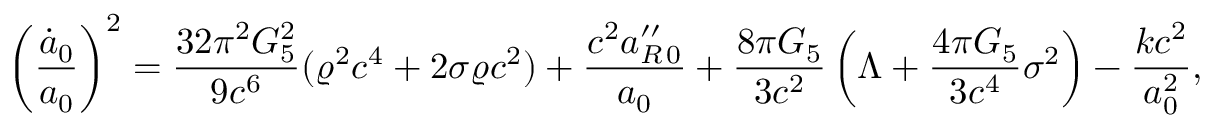
\left( { \frac { \dot { a } _ { 0 } } { a _ { 0 } } } \right) ^ { 2 } = { \frac { 3 2 \pi ^ { 2 } G _ { 5 } ^ { 2 } } { 9 c ^ { 6 } } } ( \varrho ^ { 2 } c ^ { 4 } + 2 \sigma \varrho c ^ { 2 } ) + { \frac { c ^ { 2 } a _ { R \, 0 } ^ { \prime \prime } } { a _ { 0 } } } + { \frac { 8 \pi G _ { 5 } } { 3 c ^ { 2 } } } \left( \Lambda + { \frac { 4 \pi G _ { 5 } } { 3 c ^ { 4 } } } \sigma ^ { 2 } \right) - { \frac { k c ^ { 2 } } { a _ { 0 } ^ { 2 } } } ,